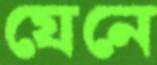
যেনে